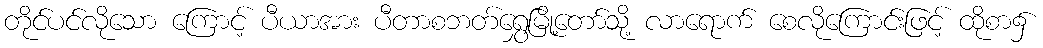
တိုင်ပင်လိုသော ကြောင့် ပီယာအား ပီတာစဘတ်ရွှေမြို့တော်သို့ လာရောက် စေလိုကြောင်းဖြင့် ထိုစာ၌